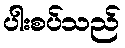
ပါးစပ်သည်